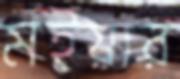
মইয়ার